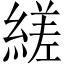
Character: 縒